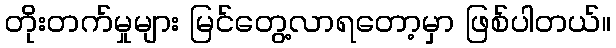
တိုးတက်မှုများ မြင်တွေ့လာရတော့မှာ ဖြစ်ပါတယ်။